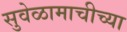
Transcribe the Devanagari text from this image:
सुवेळामाचीच्या